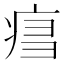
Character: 𤶍